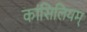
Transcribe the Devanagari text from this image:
कांसिलियम्